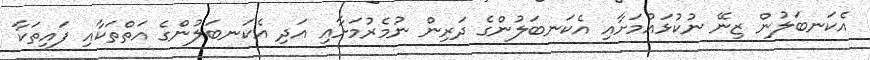
އެކަނބަލުން ޒިނޭ ނުކުޅައުމަށާއި އެކަނބަލުންގެ ދަރިން ނުމެރުމަށާއި އަދި އެކަނބަލުންގެ އަތްތަކާއި ފައިތަކާ